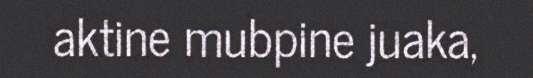
aktine mubpine juaka,